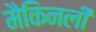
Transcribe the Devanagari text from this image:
मैकिनली